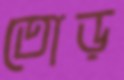
তোড়